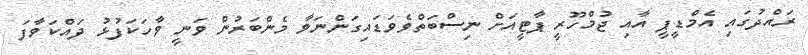
ރައްދުގައި އެމްޑީޕީ އާއި ޖުމްހޫރީ ޕާޓީއަށް ނިސްބަތްވެވަޑައިގަންނަވާ މެންބަރުން ވަނީ ވާހަކަފުޅު ދައްކަވާފަ